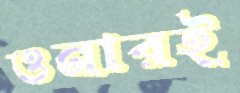
ওনারই